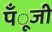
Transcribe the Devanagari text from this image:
पँूजी